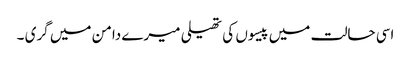
اسی حالت میں پیسوں کی تھیلی میرے دامن میں گری ۔